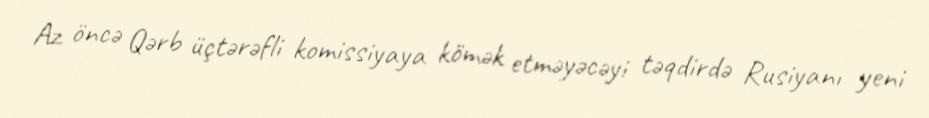
Az öncə Qərb üçtərəfli komissiyaya kömək etməyəcəyi təqdirdə Rusiyanı yeni